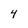
Character: 4